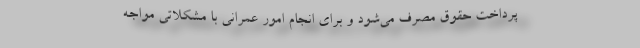
پرداخت حقوق مصرف می‌شود و برای انجام امور عمرانی با مشکلاتی مواجه